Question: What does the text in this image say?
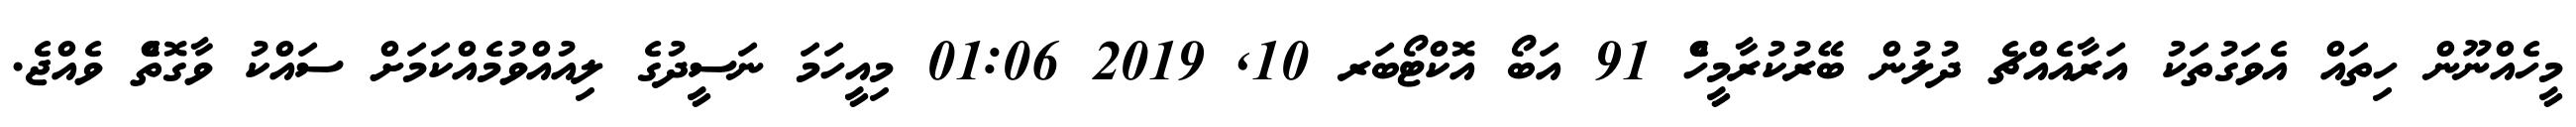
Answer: މީހެއްނޫން ހިތައް އެވަގުތަކު އަރާއެއްޗެ ދުލުން ބޭރުކުރާމީހެް 91 އަބޯ އޮކްޓޯބަރ 10, 2019 01:06 މިއީހަމަ ނަސީދުގެ ލިއުއްވުމެއްކަމަށް ސައްކު ވާގޮތެް ވެއްޖެ.